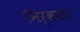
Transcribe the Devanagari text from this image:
निर्वस्त्रा